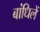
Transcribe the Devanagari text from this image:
बांधिलें